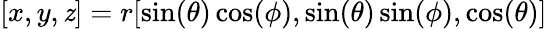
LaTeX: [x,y,\mathit{z}]=r[\sin(\theta)\cos(\phi),\sin(\theta)\sin(\phi),\cos(\theta)]